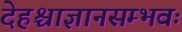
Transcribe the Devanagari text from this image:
देहश्चाज्ञानसम्भवः